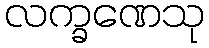
လက္ခဏေသု